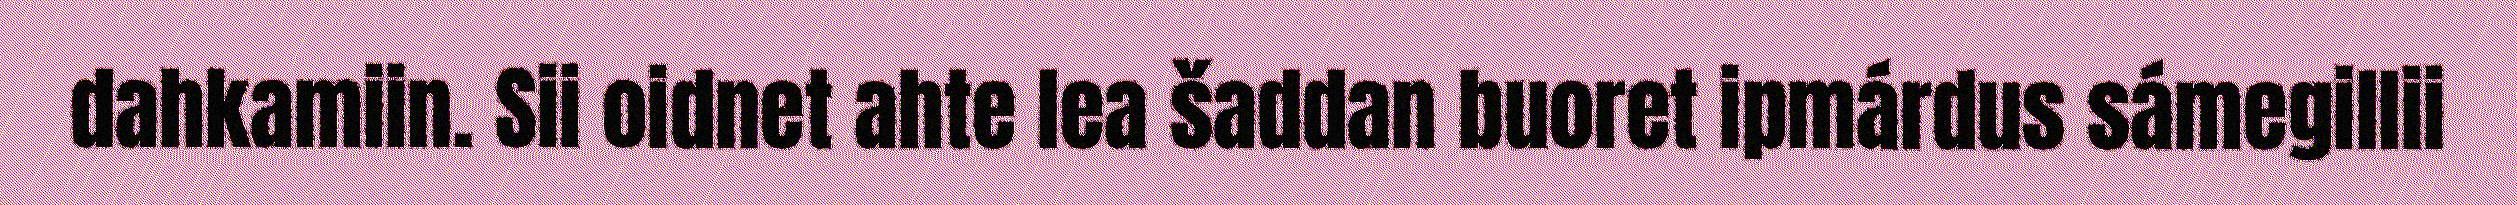
dahkamiin. Sii oidnet ahte lea šaddan buoret ipmárdus sámegillii